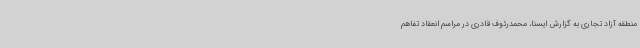
منطقه آزاد تجاری به گزارش ایسنا، محمدرئوف قادری در مراسم انعقاد تفاهم